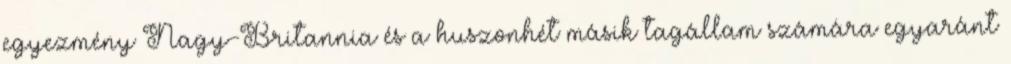
egyezmény Nagy-Britannia és a huszonhét másik tagállam számára egyaránt